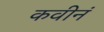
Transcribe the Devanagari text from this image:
कवीनं